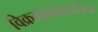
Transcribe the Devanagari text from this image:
विक्रमांकदेवचत्रिचा